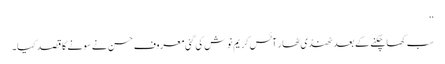
‘‘
سب کھا چکنے کے بعد ٹھنڈی ٹھار آئس کریم نوش کی گئی معروف حسن نے سونے کا قصد کیا۔